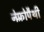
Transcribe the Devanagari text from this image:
नेफ़्रोपैथी